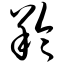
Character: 羚